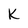
Character: k